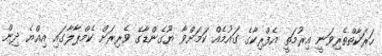
ހަރަކާތްތެރިވަނީ އިރުމަތީ އެފްރިކާގެ ގައުމެއް ކަމަށްވާ ޔޫގެންޑާގެ ވެރިރަށް ކެމްޕާލާގައި އިއްޔެ ދިން